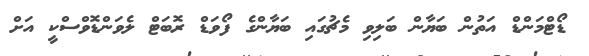
ޑޯޓްމަންޑް އަތުން ބަޔާން ބަލިވި މެޗުގައި ބަޔާންގެ ފޯވަޑް ރޮބަޓް ލެވަންޑޮވްސްކީ އަށް